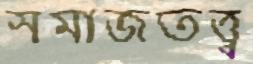
সমাজতত্ত্ব